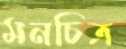
মনচিত্র